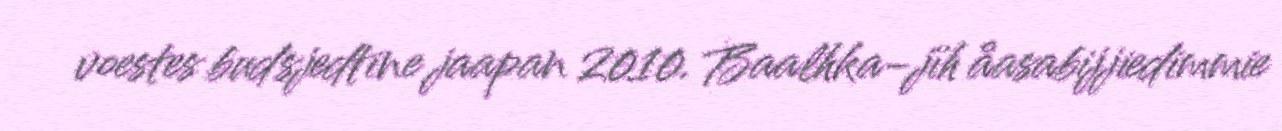
voestes budsjedtine jaapan 2010. Baalhka-jïh åasabijjiedimmie